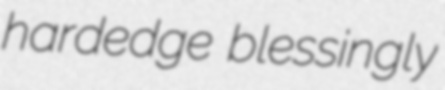
hardedge blessingly